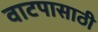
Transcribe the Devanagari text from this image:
वाटपासाठी